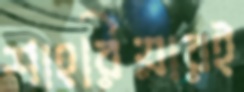
শাহরিয়ারই